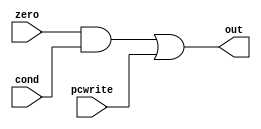
`timescale 1ns/1ns
module box1(input zero,pcwrite,cond , output out);
	assign out = ((zero & cond) | pcwrite);
endmodule